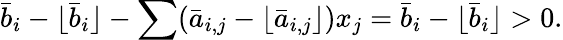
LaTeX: {\bar{b}}_{i}-\lfloor{\bar{b}}_{i}\rfloor-\sum({\bar{a}}_{i,j}-\lfloor{\bar{a}}_{i,j}\rfloor)x_{j}={\bar{b}}_{i}-\lfloor{\bar{b}}_{i}\rfloor>0.